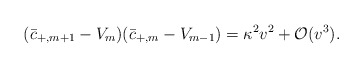
\begin{align*} (\bar{c}_{+,m+1}-V_{m})(\bar{c}_{+,m}-V_{m-1})=\kappa^2v^2+\mathcal{O}(v^3).\end{align*}